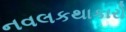
નવલકથાકારો